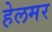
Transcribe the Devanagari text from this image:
हेलमर